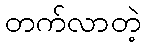
တက်လာတဲ့